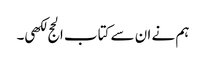
ہم نے ان سے کتاب الحج لکھی۔